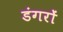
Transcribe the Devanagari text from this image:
डंगरों